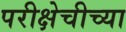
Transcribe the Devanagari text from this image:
परीक्षेचीच्या